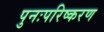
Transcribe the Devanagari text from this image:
पुनःपरिष्करण